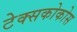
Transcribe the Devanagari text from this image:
टेक्सकोकोस